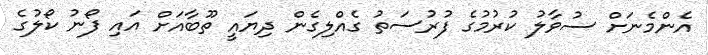
އެންމެނަށް ސުވާލު ކުރުމުގެ ފުރުސަތު ގެއްލިގެން ދިޔައީ ތޫބާއަށް އައި ފޯނު ކޯލުގެ